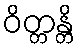
ဝိတ္တန္တိ